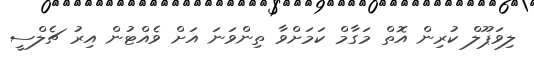
ލިވަޕޫލް ކުރިން އޮތް މަގާމް ކަމަށްވާ ތިންވަނަ އަށް ވެއްޓުން އިރު ޗެލްސީ